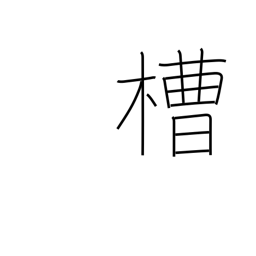
Meaning: vat